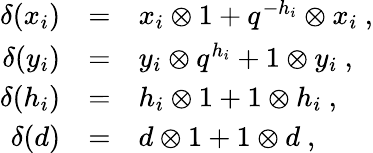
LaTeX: \begin{array}{rcl}{{\delta(x_{i})}}&{{=}}&{{x_{i}\otimes 1+q^{-h_{i}}\otimes x_{i}\ ,}}\\ {{\delta(y_{i})}}&{{=}}&{{y_{i}\otimes q^{h_{i}}+1\otimes y_{i}\ ,}}\\ {{\delta(h_{i})}}&{{=}}&{{h_{i}\otimes 1+1\otimes h_{i}\ ,}}\\ {{\delta(d)}}&{{=}}&{{d\otimes 1+1\otimes d\ ,}}\end{array}